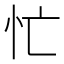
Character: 忙